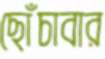
ছোঁচাবার